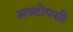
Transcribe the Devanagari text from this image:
अक्टोपसी